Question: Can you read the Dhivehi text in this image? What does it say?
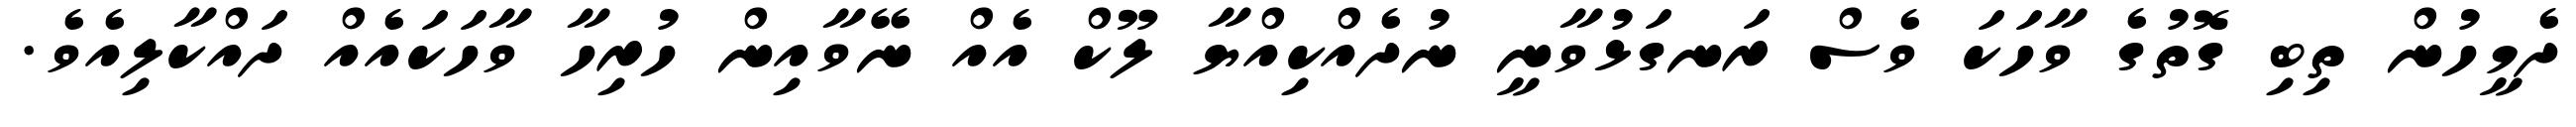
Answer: ދެމީހުން ތިބި ގޮތުގެ ވާހަކަ ވެސް ރަނގަޅުވާނީ ނުދެއްކިއްޔާ ލޫކް އެއް ނޭވާއިން ހުރިހާ ވާހަކައެއް ދައްކާލިއެވެ.